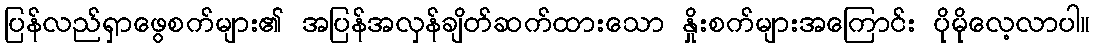
ပြန်လည်ရှာဖွေစက်များ၏ အပြန်အလှန်ချိတ်ဆက်ထားသော နှိုးစက်များအကြောင်း ပိုမိုလေ့လာပါ။